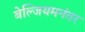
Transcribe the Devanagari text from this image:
बेल्जियमनंतर